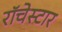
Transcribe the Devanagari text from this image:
रॉचेस्टार